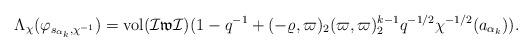
LaTeX: \begin{align*}&\Lambda_{\chi}(\varphi_{s_{\alpha_k},\chi^{-1}})= \mathrm{vol}(\mathcal{I}\mathfrak{w}\mathcal{I})(1-q^{-1}+(-\varrho,\varpi)_2(\varpi,\varpi)_2^{k-1}q^{-1/2}\chi^{-1/2}(a_{\alpha_k})).\end{align*}